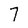
Character: 7